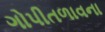
ગોપીતળાવના